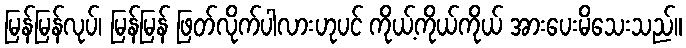
မြန်မြန်လုပ်၊ မြန်မြန် ဖြတ်လိုက်ပါလားဟုပင် ကိုယ့်ကိုယ်ကိုယ် အားပေးမိသေးသည်။